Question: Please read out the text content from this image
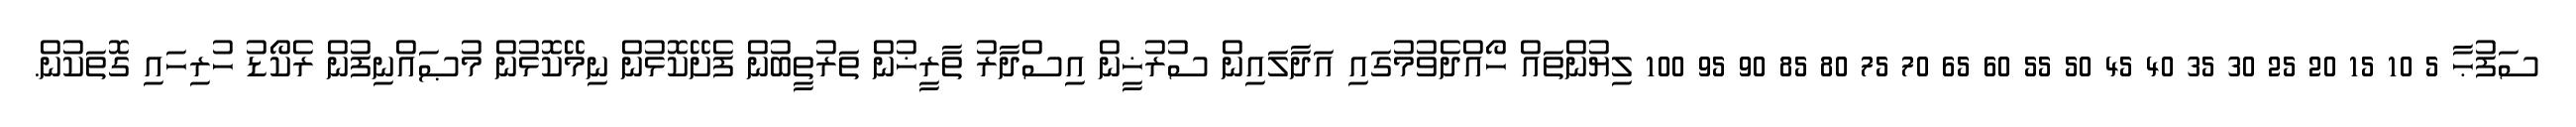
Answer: ސަފުޙާ 5 10 15 20 25 30 35 40 45 50 55 60 65 70 75 80 85 90 95 100 ލިޔުންތައް ހޯއްދެވުމުގައި އަދާލައިން ސުރުޚީން އިސްދާރު ތާރީޚުން ތަރުތީބުން ފެށޭކޮޅުން ނިމޭކޮޅުން މުޞައްނިފުން ރެކޯޑު ހުރިހައި ގޮތަކުން.